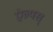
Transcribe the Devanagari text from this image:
ऐल्पस्